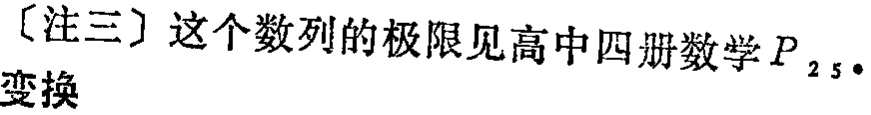
[注三] 这个数列的极限见高中四册数学 \(P_{25}\). 变换